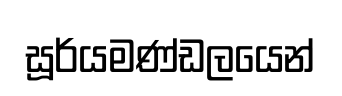
සූර්යමණ්ඩලයෙන්